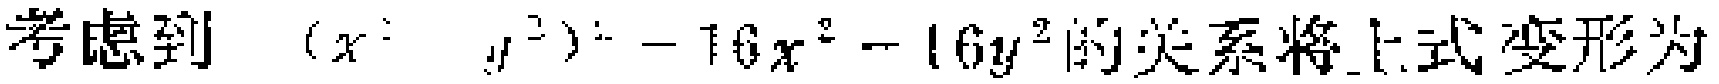
考虑到 \((x^{2}+y^{2})^{2}-16x^{2}-16y^{2}\) 的关系将上式变形为